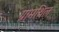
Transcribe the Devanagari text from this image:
ग्रामथिल